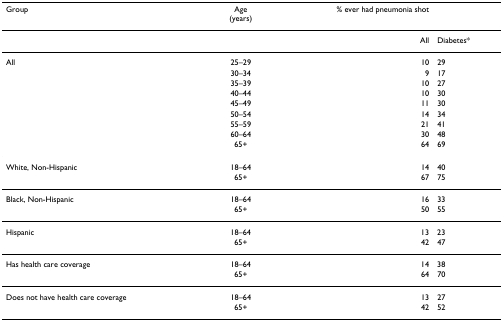
<table><thead><tr><td><b>Group</b></td><td><b>Age(years)</b></td><td><b>% ever had pneumonia shot</b></td><td></td></tr></thead><tbody><tr><td></td><td></td><td>All</td><td>Diabetes*</td></tr><tr><td>All</td><td>25–29</td><td>10</td><td>29</td></tr><tr><td></td><td>30–34</td><td>9</td><td>17</td></tr><tr><td></td><td>35–39</td><td>10</td><td>27</td></tr><tr><td></td><td>40–44</td><td>10</td><td>30</td></tr><tr><td></td><td>45–49</td><td>11</td><td>30</td></tr><tr><td></td><td>50–54</td><td>14</td><td>34</td></tr><tr><td></td><td>55–59</td><td>21</td><td>41</td></tr><tr><td></td><td>60–64</td><td>30</td><td>48</td></tr><tr><td></td><td>65+</td><td>64</td><td>69</td></tr><tr><td>White, Non-Hispanic</td><td>18–64</td><td>14</td><td>40</td></tr><tr><td></td><td>65+</td><td>67</td><td>75</td></tr><tr><td>Black, Non-Hispanic</td><td>18–64</td><td>16</td><td>33</td></tr><tr><td></td><td>65+</td><td>50</td><td>55</td></tr><tr><td>Hispanic</td><td>18–64</td><td>13</td><td>23</td></tr><tr><td></td><td>65+</td><td>42</td><td>47</td></tr><tr><td>Has health care coverage</td><td>18–64</td><td>14</td><td>38</td></tr><tr><td></td><td>65+</td><td>64</td><td>70</td></tr><tr><td>Does not have health care coverage</td><td>18–64</td><td>13</td><td>27</td></tr><tr><td></td><td>65+</td><td>42</td><td>52</td></tr></tbody></table>